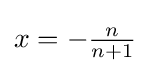
{\textstyle x=-{\frac {n}{n+1}}}